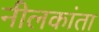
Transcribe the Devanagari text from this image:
नीलकांता